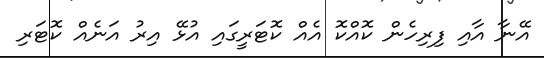
އޭނާ އާއި ފިރިހެން ކޮއްކޮ އެއް ކޮޓަރީގައި އުޅޭ އިރު އަނެއް ކޮޓަރި